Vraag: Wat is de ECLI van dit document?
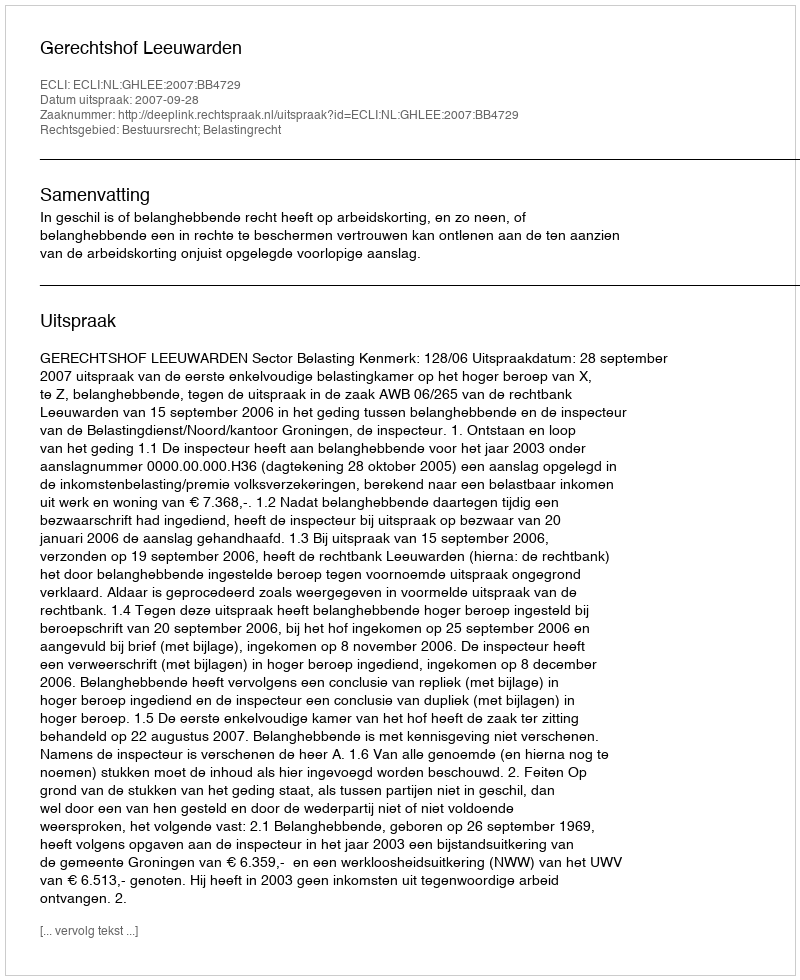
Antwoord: ECLI:NL:GHLEE:2007:BB4729